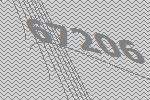
67206